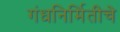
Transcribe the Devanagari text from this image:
गंधनिर्मितीचे